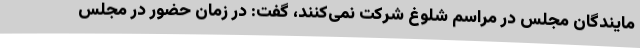
مایندگان مجلس در مراسم شلوغ شرکت نمی‌کنند، گفت: در زمان حضور در مجلس